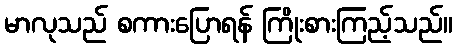
မာလုသည် စကားပြောရန် ကြိုးစားကြည့်သည်။